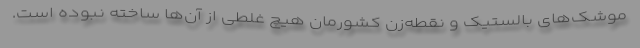
موشک‌های بالستیک و نقطه‌زن کشورمان هیچ غلطی از آن‌ها ساخته نبوده است.